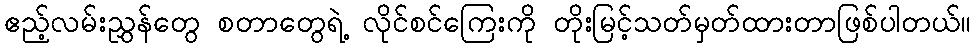
ဧည့်လမ်းညွှန်တွေ စတာတွေရဲ့ လိုင်စင်ကြေးကို တိုးမြင့်သတ်မှတ်ထားတာဖြစ်ပါတယ်။